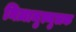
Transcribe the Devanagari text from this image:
निज़ामुल्मुलक